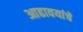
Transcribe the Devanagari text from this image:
आढावयांचे